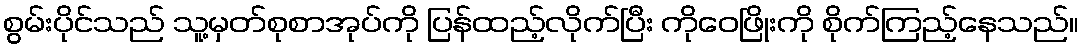
စွမ်းပိုင်သည် သူ့မှတ်စုစာအုပ်ကို ပြန်ထည့်လိုက်ပြီး ကိုဝေဖြိုးကို စိုက်ကြည့်နေသည်။